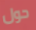
حول